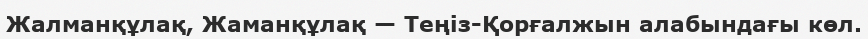
Жалманқұлақ, Жаманқұлақ — Теңіз-Қорғалжын алабындағы көл.